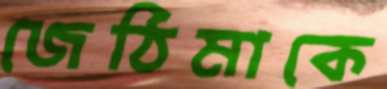
জেঠিমাকে